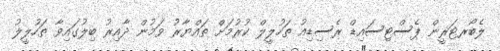
ލެބޯރޓަރީން ޕެސްޓިސައިޑް ރެސިޑިއު ތަހުލީލް ކުރުމަށް ތައްޔާރު ވަމުން ދާއިރު ބިލުގައިވާ ތަހުލީލު